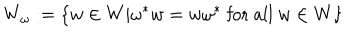
LaTeX: W _ { \omega } : = \{ w \in W | \omega ^ { * } w = w \omega ^ { * } \mathrm { ~ f o r ~ a l l ~ } w \in W \}